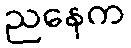
ညနေက